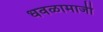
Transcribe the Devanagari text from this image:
धवळामाजी